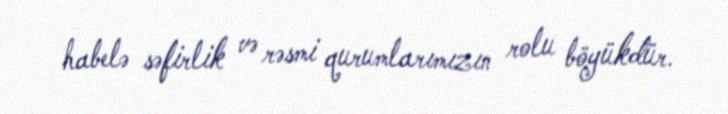
habelə səfirlik və rəsmi qurumlarımızın rolu böyükdür.